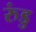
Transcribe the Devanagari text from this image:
रुंडु